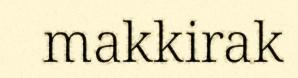
makkirak